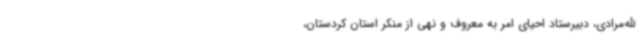
الله‌مرادی، دبیرستاد احیای امر به معروف و نهی از منکر استان کردستان،